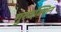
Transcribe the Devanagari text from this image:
गुरुदक्शिन